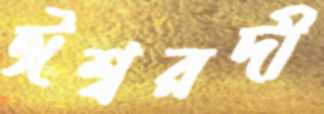
ঈশ্বরদী